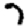
Digit: 7